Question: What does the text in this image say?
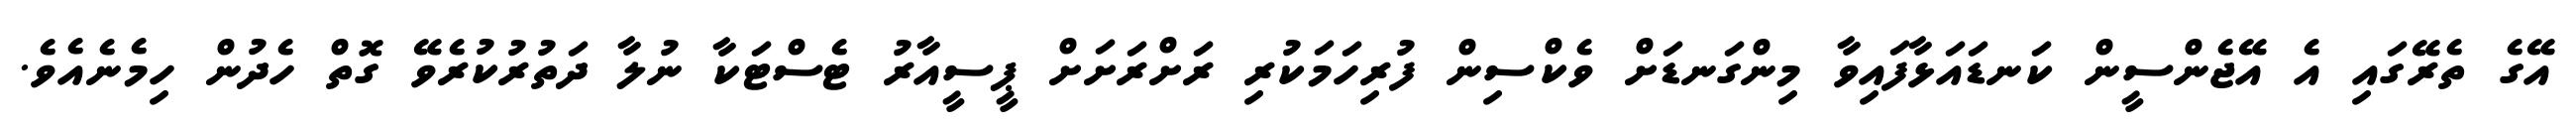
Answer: އޭގެ ތެރޭގައި އެ އޭޖެންސީން ކަނޑައަޅާފައިވާ މިންގަނޑަށް ވެކްސިން ފުރިހަމަކުރި ރަށްރަށަށް ޕީސީއާރު ޓެސްޓަކާ ނުލާ ދަތުރުކުރެވޭ ގޮތް ހެދުން ހިމެނެއެވެ.